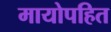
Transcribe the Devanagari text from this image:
मायोपहित